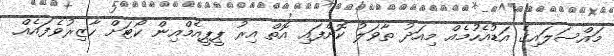
މައްސަލައިގެ އަޑުއެހުމެއް މިއަދު ތާވަލު ކޮށްފައި އޮތް އިރު ޕީޕީއެމްއިން ކޯޓަށް ހާޒިރުވެފައެއް